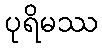
ပုရိမဿ